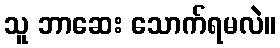
သူ ဘာဆေး သောက်ရမလဲ။